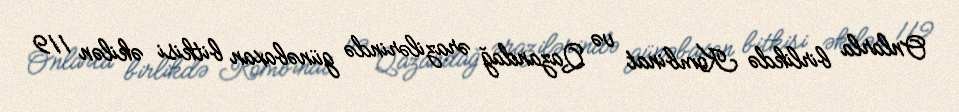
Onlarla birlikdə Kombinat və Qazandağ ərazilərində günəbaxan bitkisi əkilən 119